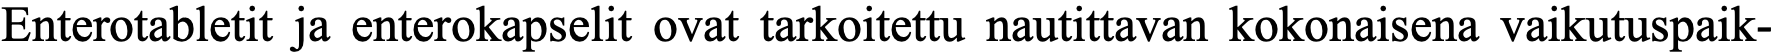
Enterotabletit ja enterokapselit ovat tarkoitettu nautittavan kokonaisena vaikutuspaik-